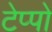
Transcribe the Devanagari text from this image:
टेप्पो